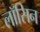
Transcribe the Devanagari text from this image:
लॉसिन